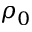
\rho _ { 0 }